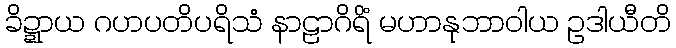
ခိဍ္ဍာယ ဂဟပတိပရိသံ နာဠာဂိရိံ မဟာနုဘာဝါယ ဥဒါယီတိ